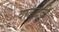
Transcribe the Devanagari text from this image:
वालदेवी